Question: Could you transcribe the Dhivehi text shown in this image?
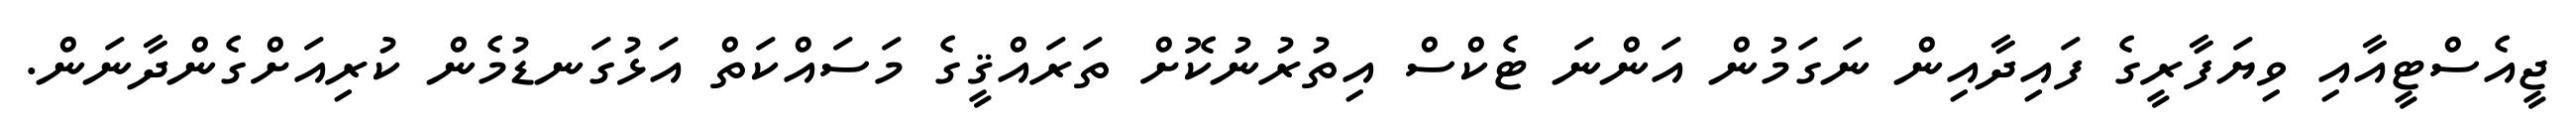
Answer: ޖީއެސްޓީއާއި ވިޔަފާރީގެ ފައިދާއިން ނަގަމުން އަންނަ ޓެކްސް އިތުރުނުކޮށް ތަރައްޤީގެ މަސައްކަތް އަޅުގަނޑުމެން ކުރިއަށްގެންދާނަން.